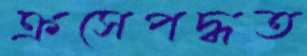
ক্রসেপদ্ধত